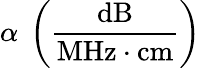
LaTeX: \alpha{\mathrm{~}}\left({\frac{\mathrm{dB}}{{\mathrm{MHz}}\cdot{\mathrm{cm}}}}\right)